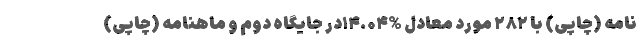
نامه (چاپی) با ۲۸۲ مورد معادل %۱۴.۰۴در جایگاه دوم و ماهنامه (چاپی)